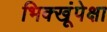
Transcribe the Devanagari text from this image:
भिक्खूंपेक्षा